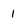
Character: 1